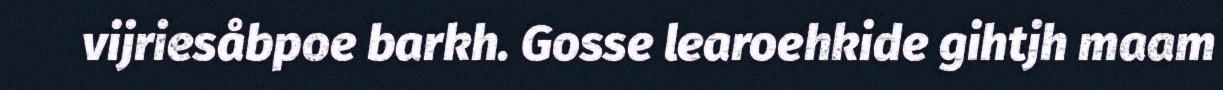
vijriesåbpoe barkh. Gosse learoehkide gihtjh maam